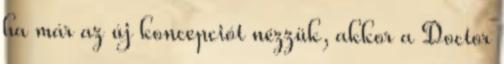
ha már az új koncepciót nézzük, akkor a Doctor